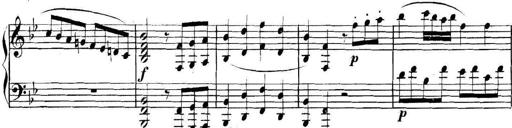
Title: Collected Piano Sonatas
Composer: Muzio Clementi